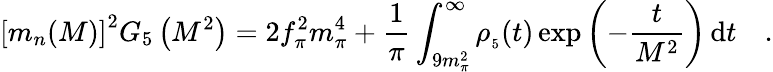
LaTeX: \left[m_{n}(M)\right]^{2}G_{5}\left(M^{2}\right)=2f_{\pi}^{2}m_{\pi}^{4}+\frac{1}{\pi}\int_{9m_{\pi}^{2}}^{\infty}\rho_{_5}(t)\exp{\left(-\frac{t}{M^{2}}\right)}\, \mathrm{d}t\quad.